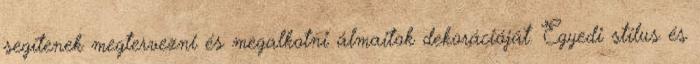
segítenek megtervezni és megalkotni álmaitok dekorációját. Egyedi stílus és